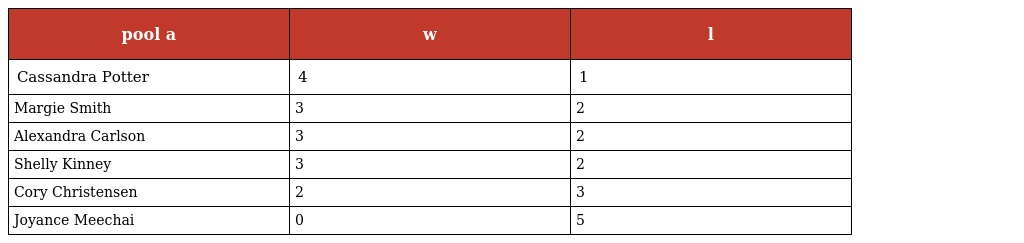
| pool a | w | l |
 | --- | --- | --- |
 | Cassandra Potter | 4 | 1 |
 | Margie Smith | 3 | 2 |
 | Alexandra Carlson | 3 | 2 |
 | Shelly Kinney | 3 | 2 |
 | Cory Christensen | 2 | 3 |
 | Joyance Meechai | 0 | 5 |